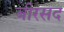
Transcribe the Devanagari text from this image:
बीरसद